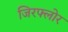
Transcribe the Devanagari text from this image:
जिरफ्लोर